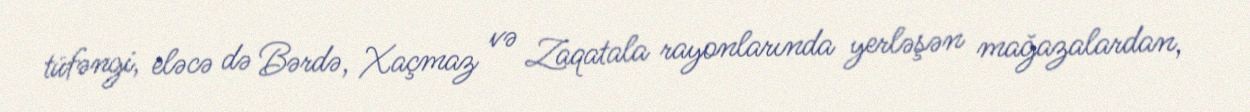
tüfəngi, eləcə də Bərdə, Xaçmaz və Zaqatala rayonlarında yerləşən mağazalardan,